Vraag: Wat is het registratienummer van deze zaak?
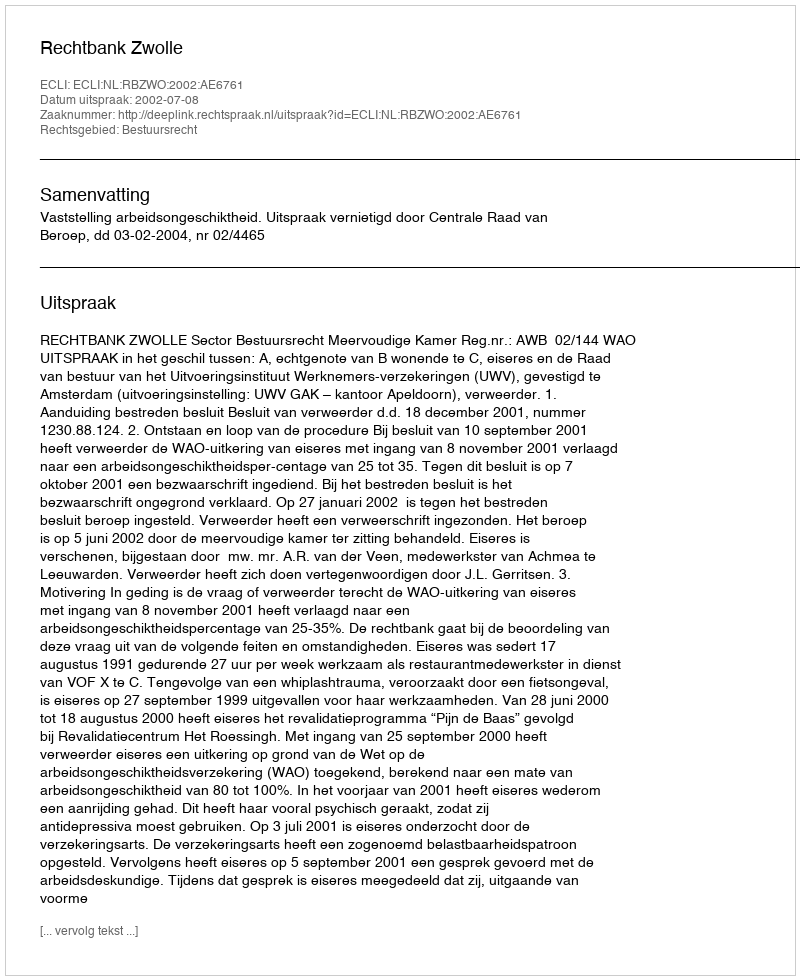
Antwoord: http://deeplink.rechtspraak.nl/uitspraak?id=ECLI:NL:RBZWO:2002:AE6761